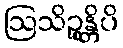
ဩသိဉ္စန္တိပိ